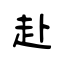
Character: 赴